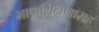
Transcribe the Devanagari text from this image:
भाषाशिक्षणासह